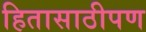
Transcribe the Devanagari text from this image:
हितासाठीपण